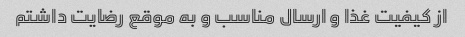
از کیفیت غذا و ارسال مناسب و به موقع رضایت داشتم